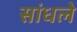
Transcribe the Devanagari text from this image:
सांधले